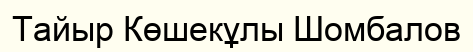
Тайыр Көшекұлы Шомбалов